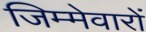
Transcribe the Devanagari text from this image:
जिम्मेवारों